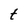
Character: t